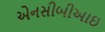
એનસીબીઆઇ